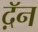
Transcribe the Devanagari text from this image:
द़ॅन